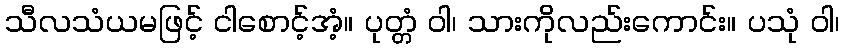
သီလသံယမဖြင့် ငါစောင့်အံ့။ ပုတ္တံ ဝါ၊ သားကိုလည်းကောင်း။ ပသုံ ဝါ၊